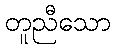
တူညီသော